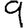
Digit: 9